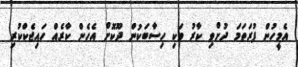
އެމީހުން ފުރަތަމަ ދުށްވި ކާރު ވަކި ހިސާބަކުން ދޫކޮށް އެހެން ކާރެއް ހައިޖެކްކުރި